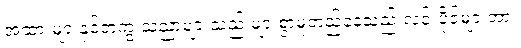
အထားများနှင့်တကွ သညာများသည် များစွာမူတည်နေသည် လင်းပိုင်များအား